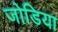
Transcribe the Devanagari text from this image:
जोडिया